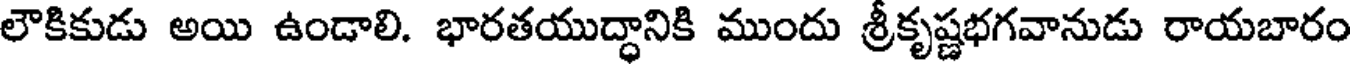
లౌకికుడు అయి ఉండాలి. భారతయుద్ధానికి ముందు శ్రీకృష్ణభగవానుడు రాయబారం